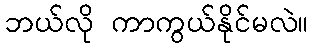
ဘယ်လို ကာကွယ်နိုင်မလဲ။